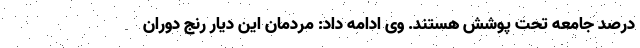
درصد جامعه تحت پوشش هستند. وی ادامه داد: مردمان این دیار رنج دوران